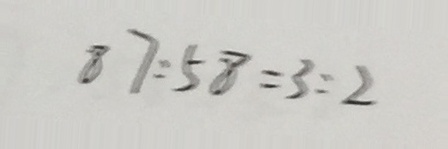
8 7 : 5 8 = 3 : 2